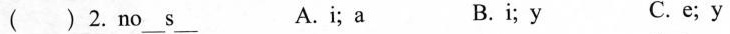
( ) 2.no___s___ A.i;a B.i;y C. e;y